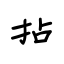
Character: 拈